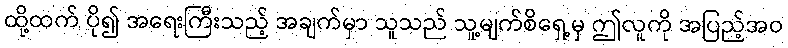
ထို့ထက် ပို၍ အရေးကြီးသည့် အချက်မှာ သူသည် သူ့မျက်စိရှေ့မှ ဤလူကို အပြည့်အဝ